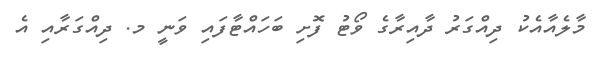
މާލެއާއެކު ދިއްގަރު ދާއިރާގެ ވޯޓު ފޮށި ބަހައްޓާފައި ވަނީ މ. ދިއްގަރާއި އެ